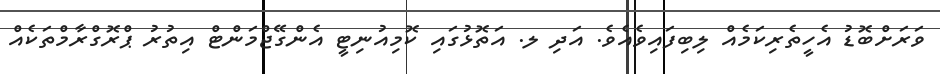
ވަރަށްބޮޑު އެހީތެރިކަމެއް ލިބިފައިވެއެވެ. އަދި ލ. އަތޮޅުގައި ކޮމިއުނިޓީ އެންގޭޖްމަންޓް އިތުރު ޕްރޮގްރާމްތަކެއް